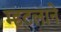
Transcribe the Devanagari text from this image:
म्हटलाने